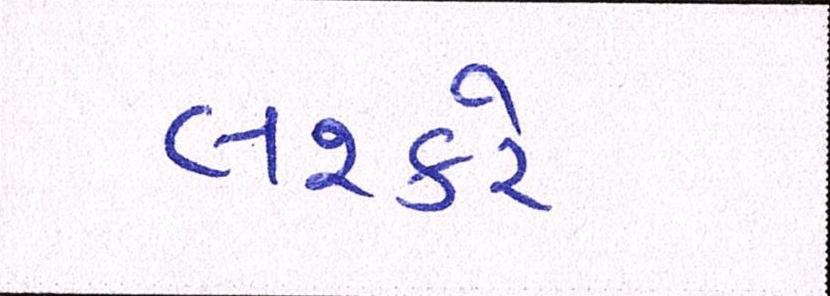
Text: લશ્કરે